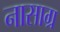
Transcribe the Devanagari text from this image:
नासाग्र